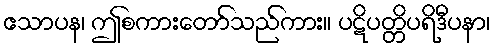
ဧသာပန၊ ဤစကားတော်သည်ကား။ ပဋိပတ္တိပရိဒီပနာ၊